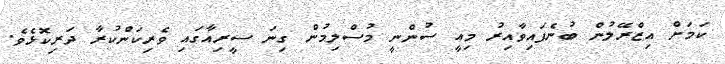
ކަމަށް އިޒްރޭލުން ބުނެފައިވާއިރު މިއީ ސުންނީ މުސްލިމުން ގިނަ ސީރިއާގައި ވެރިކަންކުރާ ދަރިކޮޅެވެ.